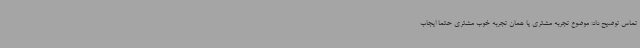
تماس توضیح داد: موضوع تجربه مشتری یا همان تجربه خوب مشتری حتما ایجاب